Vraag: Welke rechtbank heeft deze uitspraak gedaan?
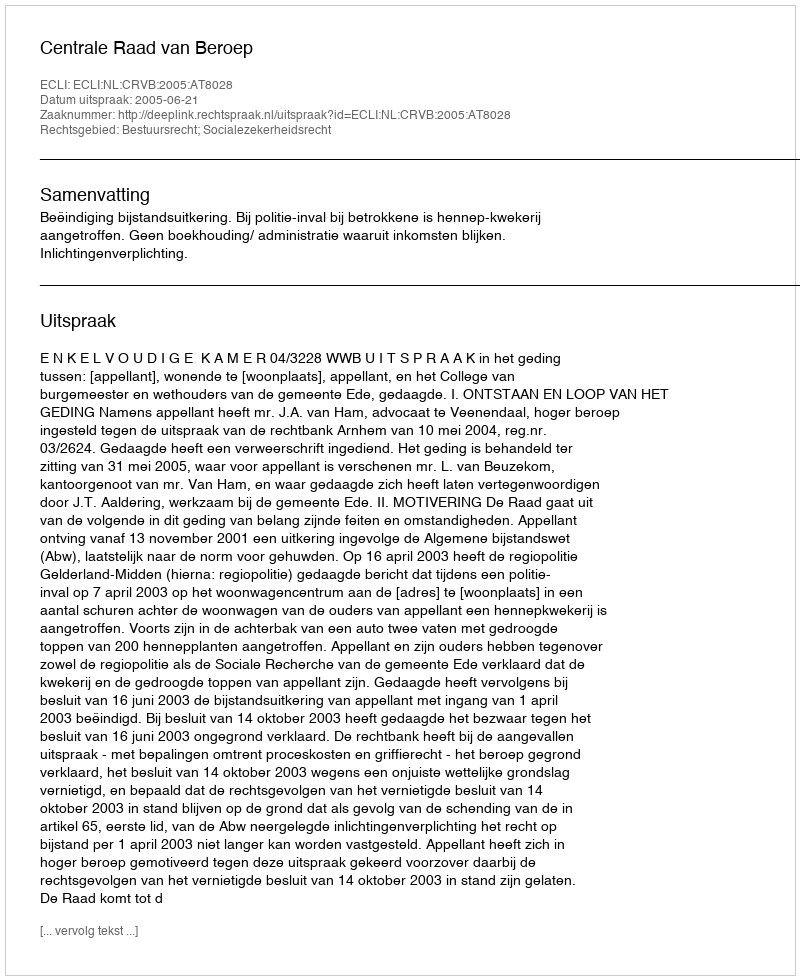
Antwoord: Centrale Raad van Beroep